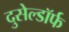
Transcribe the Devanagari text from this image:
दुसेल्डॉर्फ